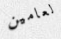
لعامين